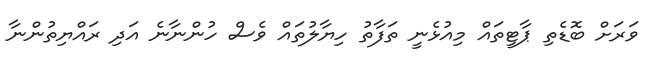
ވަރަށް ބޮޑެތި ޕާޓީތައް މިއުޅެނީ ތަފާތު ހިޔާލުތައް ވެސް ހުންނާނެ އަދި ރައްޔިތުންނާ